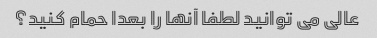
عالی می توانید لطفا آنها را بعدا حمام کنید؟